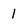
Character: 1